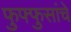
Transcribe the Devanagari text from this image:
फुफ्फुसांचे